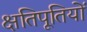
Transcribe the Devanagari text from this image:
क्षतिपूतियों